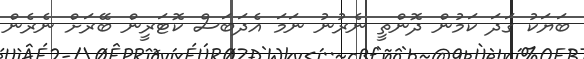
ބަޔަކު ގަދަ ކަމުން ދޮންތީ ނެރުނު ނަމަ އެދަބަސް ކޮޓަރީން ބޭރަށް ނެރެން